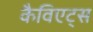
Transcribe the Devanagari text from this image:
कैविएट्स